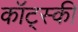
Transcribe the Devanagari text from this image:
कॉट्स्की